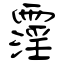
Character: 霪